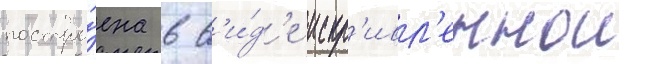
постро́ена в в'и́д'е искр'ивл'еннои